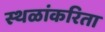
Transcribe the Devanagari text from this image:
स्थळांकरिता